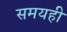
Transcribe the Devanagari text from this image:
समयही